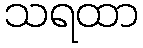
သရထာ